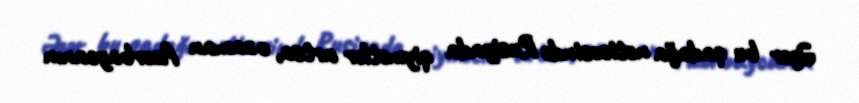
Əgər bu qadağa nəticəsində Rusiyada qiymətlər artsa, o zaman Azərbaycanın